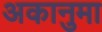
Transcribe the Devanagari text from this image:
अकानुमा